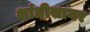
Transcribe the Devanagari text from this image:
शांतीसागर